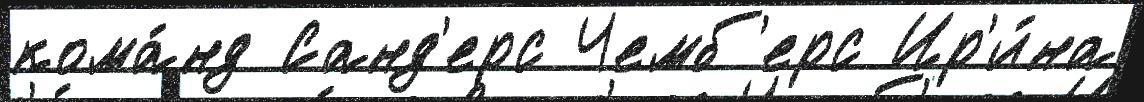
кома́нд Санд'ерс Чемб'ерс Ир'и́на